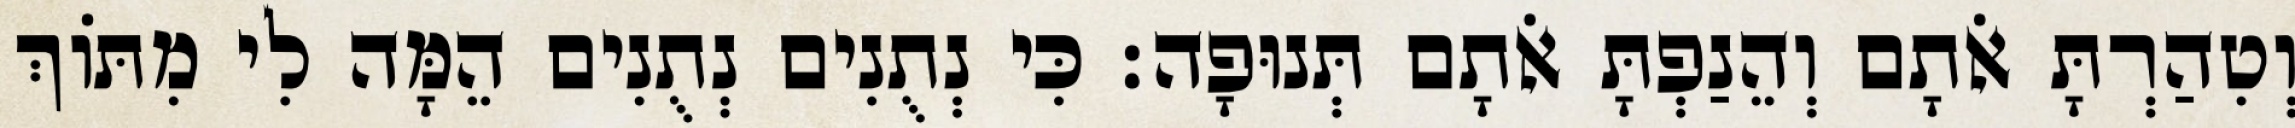
וְטִהַרְתָּ אֹתָם וְהֵנַפְתָּ אֹתָם תְּנוּפָה׃ כִּי נְתֻנִים נְתֻנִים הֵמָּה לִי מִתּוֹךְ